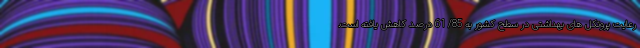
رعایت پروتکل های بهداشتی در سطح کشور به 85/ 61 درصد کاهش یافته است.